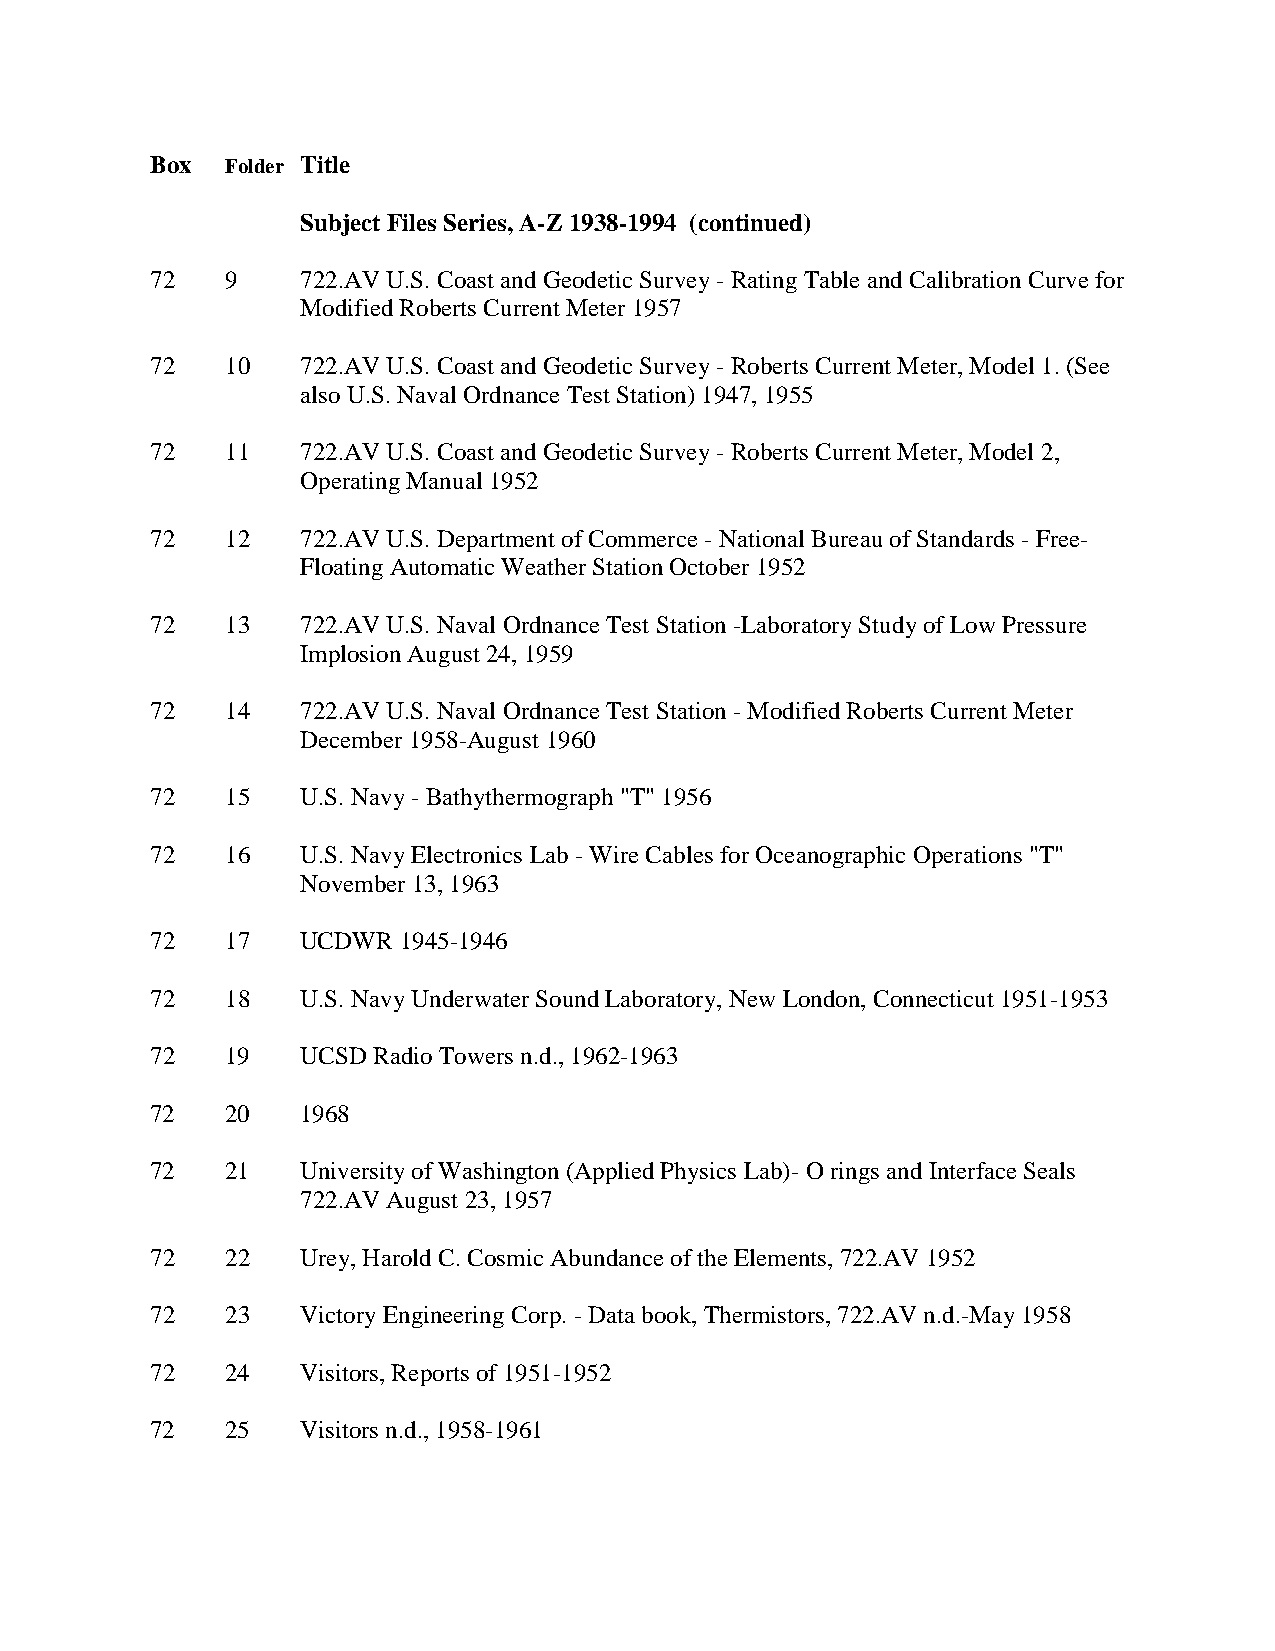
Box  Folder Title
 Subject Files Series, A-Z 1938-1994 (continued)
 72   9    722.AV U.S. Coast and Geodetic Survey - Rating Table and Calibration Curve for
 Modified Roberts Current Meter 1957
 72   10   722.AV U.S. Coast and Geodetic Survey - Roberts Current Meter, Model 1. (See
 also U.S. Naval Ordnance Test Station) 1947, 1955
 72   11   722.AV U.S. Coast and Geodetic Survey - Roberts Current Meter, Model 2,
 Operating Manual 1952
 72   12   722.AV U.S. Department of Commerce - National Bureau of Standards - Free-
 Floating Automatic Weather Station October 1952
 72   13   722.AV U.S. Naval Ordnance Test Station -Laboratory Study of Low Pressure
 Implosion August 24, 1959
 72   14   722.AV U.S. Naval Ordnance Test Station - Modified Roberts Current Meter
 December 1958-August 1960
 72   15   U.S. Navy - Bathythermograph "T" 1956
 72   16   U.S. Navy Electronics Lab - Wire Cables for Oceanographic Operations "T"
 November 13, 1963
 72   17   UCDWR 1945-1946
 72   18   U.S. Navy Underwater Sound Laboratory, New London, Connecticut 1951-1953
 72   19   UCSD Radio Towers n.d., 1962-1963
 72   20   1968
 72   21   University of Washington (Applied Physics Lab)- O rings and Interface Seals
 722.AV August 23, 1957
 72   22   Urey, Harold C. Cosmic Abundance of the Elements, 722.AV 1952
 72   23   Victory Engineering Corp. - Data book, Thermistors, 722.AV n.d.-May 1958
 72   24   Visitors, Reports of 1951-1952
 72   25   Visitors n.d., 1958-1961